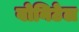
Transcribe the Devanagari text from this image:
बोनिटेल